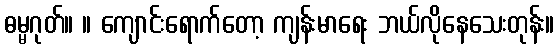
ဓမ္မဂုတ်။ ။ ကျောင်းရောက်တော့ ကျန်းမာရေး ဘယ်လိုနေသေးတုန်း။